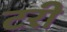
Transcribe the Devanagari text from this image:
टरी